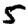
Digit: 5